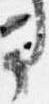
事